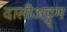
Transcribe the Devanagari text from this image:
दासीअट्ट्म